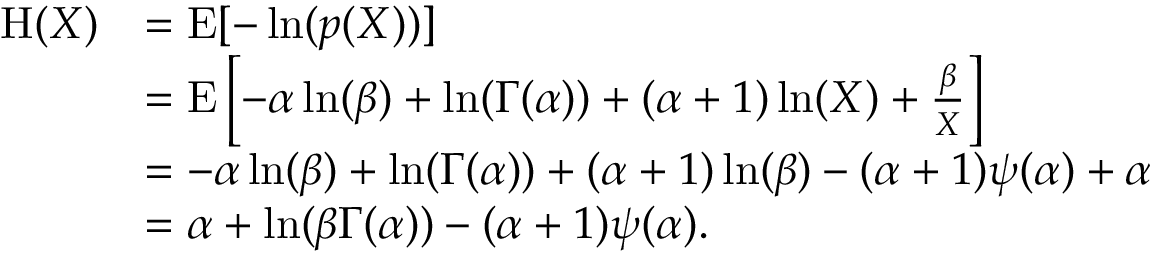
{ \begin{array} { r l } { \operatorname { H } ( X ) } & { = \operatorname { E } [ - \ln ( p ( X ) ) ] } \\ & { = \operatorname { E } \left[ - \alpha \ln ( \beta ) + \ln ( \Gamma ( \alpha ) ) + ( \alpha + 1 ) \ln ( X ) + { \frac { \beta } { X } } \right] } \\ & { = - \alpha \ln ( \beta ) + \ln ( \Gamma ( \alpha ) ) + ( \alpha + 1 ) \ln ( \beta ) - ( \alpha + 1 ) \psi ( \alpha ) + \alpha } \\ & { = \alpha + \ln ( \beta \Gamma ( \alpha ) ) - ( \alpha + 1 ) \psi ( \alpha ) . } \end{array} }